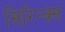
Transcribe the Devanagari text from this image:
सिरिन्क्स